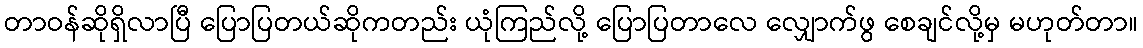
တာဝန်ဆိုရှိလာပြီ ပြောပြတယ်ဆိုကတည်း ယုံကြည်လို့ ပြောပြတာလေ လျှောက်ဖွ စေချင်လို့မှ မဟုတ်တာ။